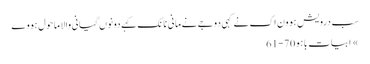
سب درویش ہوون اک نے کہی دوجے نے مانی نانک کہے دونوں گیانی والا ماحول ہووے
» ابیات باہو 70-61